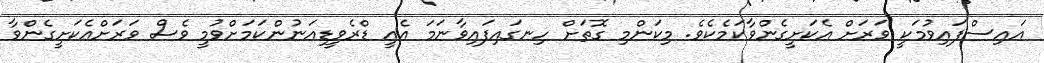
އައިސްފައިވުމަކީ ވަރަށް އެކަށީގެންވާކަމެކެވެ. މިކަންމި ގޮތަށް ހިނގައިފައިވާނަމަ އެއީ ޑްރެވީޑިއަނުންކަމަށްވުމީ ވެސް ވަރަށްއެކަށީގެންވާ